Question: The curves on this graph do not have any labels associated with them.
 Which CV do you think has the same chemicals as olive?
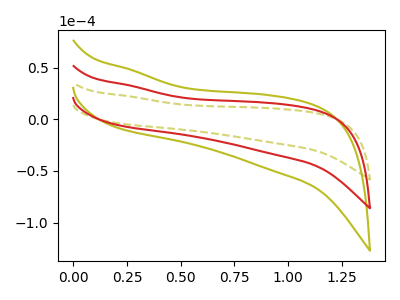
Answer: <think>The olive dashed curve "olive dashed" has no peaks. The olive curve "olive" has no peaks. The red curve "red" has no peaks.
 Neither "olive dashed" or "olive" have any peaks. Neither "olive dashed" or "red" have any peaks. Neither "olive" or "red" have any peaks.</think>
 <answer>"olive" and "red" have a similar shape to "olive dashed".</answer>
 <eval>"olive" "red"</eval>